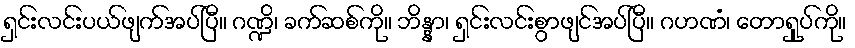
ရှင်းလင်းပယ်ဖျက်အပ်ပြီ။ ဂဏ္ဍိ၊ ခက်ဆစ်ကို။ ဘိန္နာ၊ ရှင်းလင်းစွာဖျင်အပ်ပြီ။ ဂဟဏံ၊ တောရှုပ်ကို။